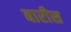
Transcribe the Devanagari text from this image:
बारीस